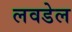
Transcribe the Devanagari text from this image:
लवडेल